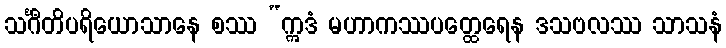
သင်္ဂီတိပရိယောသာနေ စဿ “ဣဒံ မဟာကဿပတ္ထေရေန ဒသဗလဿ သာသနံ